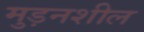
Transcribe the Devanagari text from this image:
मुड़नशील